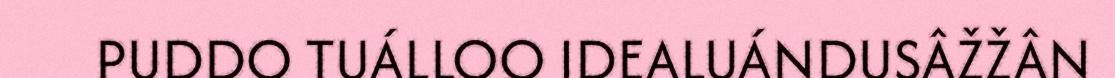
PUDDO TUÁLLOO IDEALUÁNDUSÂŽŽÂN